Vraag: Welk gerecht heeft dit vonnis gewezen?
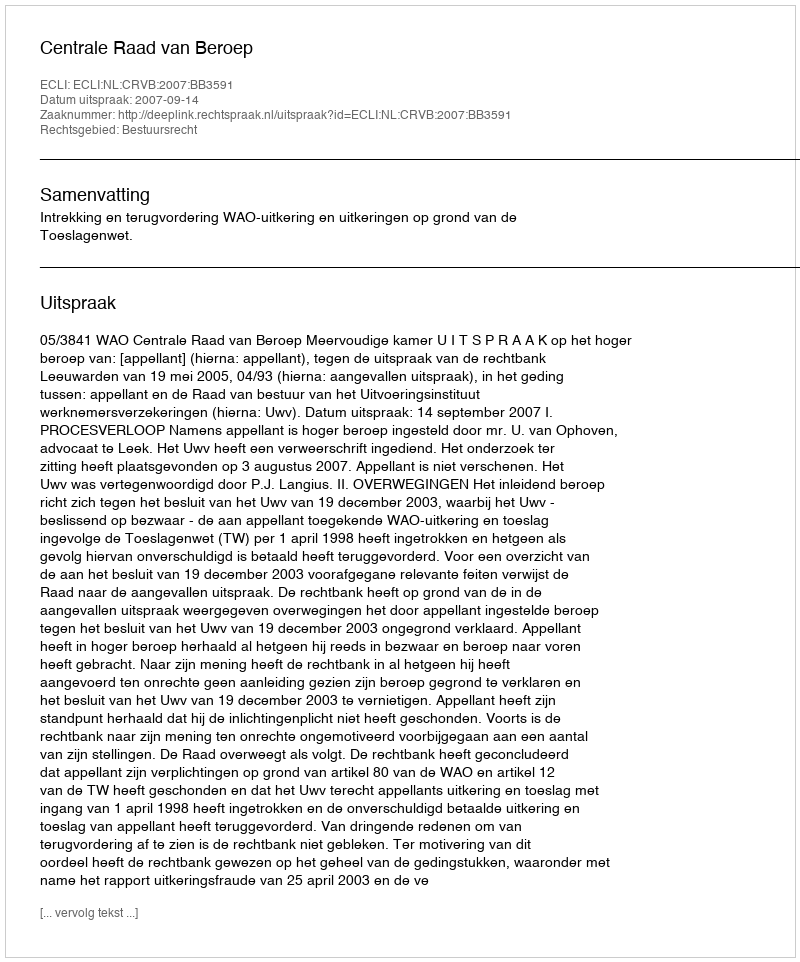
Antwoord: Centrale Raad van Beroep